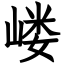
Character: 嵝